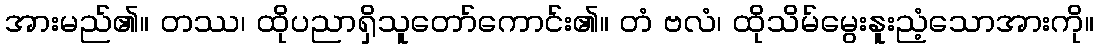
အားမည်၏။ တဿ၊ ထိုပညာရှိသူတော်ကောင်း၏။ တံ ဗလံ၊ ထိုသိမ်မွေးနူးညံ့သောအားကို။